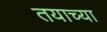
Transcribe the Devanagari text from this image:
तयाच्या